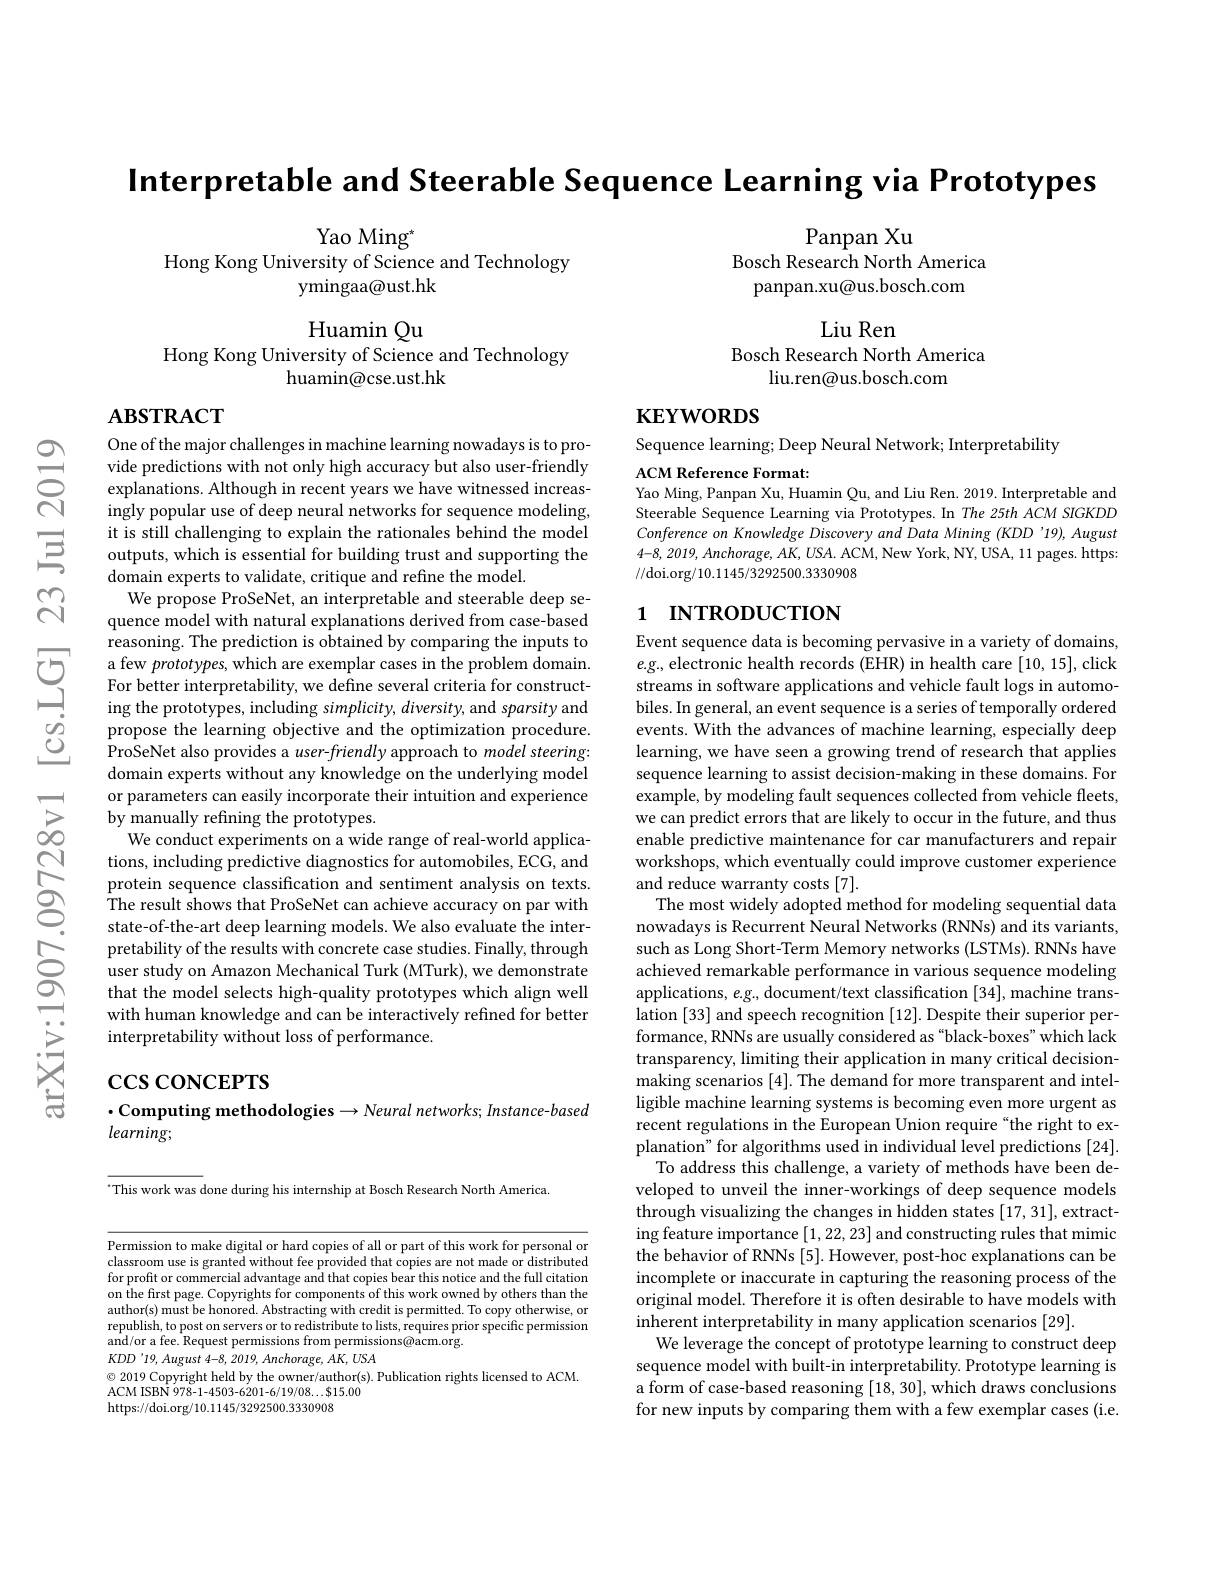
Interpretable and Steerable Sequence Learning via Prototypes

Panpan Xu
Bosch Research North America
panpan.xu@us.bosch.com

Yao Ming$^*$
Hong Kong University of Science and Technology
ymingaa@ust.hk

Huamin Qu
Hong Kong University of Science and Technology
huamin@cse.ust.hk

Liu Ren
Bosch Research North America
liu.ren@us.bosch.com

$\mathbf{ABSTRACT}$

$\mathbf{KEYWORDS}$

Sequence learning; Deep Neural Network; Interpretability

ACM Reference Format:
Yao Ming, Panpan Xu, Huamin Qu, and Liu Ren. 2019. Interpretable and Steerable Sequence Learning via Prototypes. In The 25th ACM SIGKDD Conference on Knowledge Discovery and Data Mining (KDD'19), August 4-8,2019, Anchorage, $AK,USA.$ ACM, New York, NY, USA, 11 pages. https: //doi.org/10.1145/3292500.3330908

### 1 INTRODUCTION

One of the major challenges in machine learning nowadays is to provide predictions with not only high accuracy but also user-friendly explanations. Although in recent years we have witnessed increasingly popular use of deep neural networks for sequence modeling, it is still challenging to explain the rationales behind the model outputs, which is essential for building trust and supporting the $\dot{\text{domain experts to validate, critique and refine the model.}}$
We propose ProSeNet, an interpretable and steerable deep sequence model with natural explanations derived from case-based reasoning. The prediction is obtained by comparing the inputs to
$\sum_{\begin{array}{cc}\text{Teasoning. nic preucuonis ottanicu oy onipaning inc inpus otipus oting oningus oning oning oning oning ondemaing ong onde a proble ases in the problem domain.}\\\text{Tor better interpretability,we define several criteria for construct}\\\text{ing the prot}\end{array}}$
propose the learning objective and the optimization procedure. ProSeNet also provides a user-friendly approach to model steering: domain experts without any knowledge on the underlying model or parameters can easily incorporate their intuition and experience by manually refining the prototypes.
We conduct experiments on a wide range of real-world applications, including predictive diagnostics for automobiles, ECG, and protein sequence classification and sentiment analysis on texts. The result shows that ProSeNet can achieve accuracy on par with state-of-the-art deep learning models. We also evaluate the interpretability of the results with concrete case studies. Finally, through user study on Amazon Mechanical Turk (MTurk), we demonstrate that the model selects high-quality prototypes which align well with human knowledge and can be interactively refined for better interpretability without loss of performance.

Event sequence data is becoming pervasive in a variety of domains, $e.g.$, electronic health records (EHR) in health care [10,15], click streams in software applications and vehicle fault logs in automobiles. In general, an event sequence is a series of temporally ordered events. With the advances of machine learning, especially deep learning, we have seen a growing trend of research that applies sequence learning to assist decision-making in these domains. For example, by modeling fault sequences collected from vehicle fleets, we can predict errors that are likely to occur in the future, and thus enable predictive maintenance for car manufacturers and repair workshops, which eventually could improve customer experience and reduce warranty costs [7].
The most widely adopted method for modeling sequential data nowadays is Recurrent Neural Networks (RNNs) and its variants, such as Long Short-Term Memory networks (LSTMs). RNNs have achieved remarkable performance in various sequence modeling applications, $e.g.$, document/text classification [34], machine translation [33] and speech recognition [12]. Despite their superior performance, RNNs are usually considered as "black-boxes" which lack transparency, limiting their application in many critical decisionmaking scenarios [4]. The demand for more transparent and intelligible machine learning systems is becoming even more urgent as recent regulations in the European Union require “the right to explanation" for algorithms used in individual level predictions [24]. To address this challenge, a variety of methods have been developed to unveil the inner-workings of deep sequence models through visualizing the changes in hidden states [17,31], extracting feature importance [1,22,23] and constructing rules that mimic the behavior of RNNs [5]. However, post-hoc explanations can be incomplete or inaccurate in capturing the reasoning process of the original model. Therefore it is often desirable to have models with inherent interpretability in many application scenarios [29].
We leverage the concept of prototype learning to construct deep sequence model with built-in interpretability. Prototype learning is a form of case-based reasoning [18, 30], which draws conclusions for new inputs by comparing them with a few exemplar cases (i.e.

# $\csc\csc$coNCEPTS $\cdot$Computing methodologies$\to Neural$ networks; Instance-based $learning;$

“This work was done during his internship at Bosch Research North America.

Permission to make digital or hard copies of all or part of this work for personal or classroom use is granted without fee provided that copies are not made or distributed for profit or commercial advantage and that copies bear this notice and the full citation on the first page. Copyrights for components of this work owned by others than the author(s) must be honored. Abstracting with credit is permitted. To copy otherwise, or republish, to post on servers or to redistribute to lists, requires prior specific permission and/or a fee. Request permissions from permissions@acm.org.
$KDD'19,August4-8,2019,Anchorage,AK,USA$
$\textcircled{\circ}$ 2019 Copyright held by the owner/author(s). Publication rights licensed to ACM.
ACM ISBN 978-1-4503-6201-6/19/08...$15.00

https://doi.org/10.1145/3292500.3330908